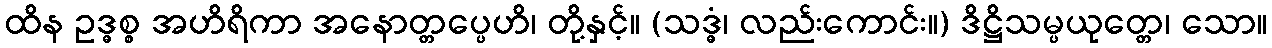
ထိန ဥဒ္ဓစ္စ အဟိရိကာ အနောတ္တပ္ပေဟိ၊ တို့နှင့်။ (သဒ္ဓံ၊ လည်းကောင်း။) ဒိဋ္ဌိသမ္ပယုတ္တေ၊ သော။